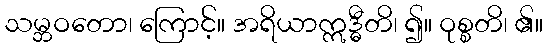
သမ္ဘဝတော၊ ကြောင့်။ အရိယာဣဒ္ဓီတိ၊ ၍။ ဝုစ္စတိ၊ ၏။